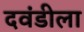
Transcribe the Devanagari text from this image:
दवंडीला